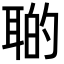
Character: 𦖡